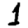
Digit: 1